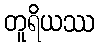
တူရိယဿ